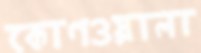
কোণওয়ালা